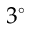
3 ^ { \circ }